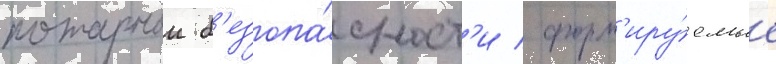
пожарнои б'езопа́сност'и / форм'иру́емые